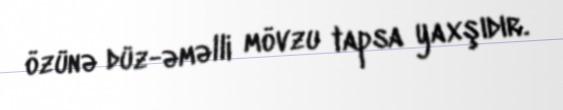
özünə düz-əməlli mövzu tapsa yaxşıdır.